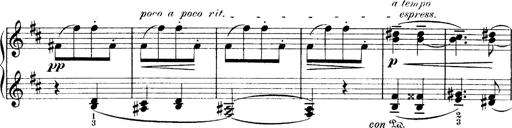
Title: 4 Sonatines
Composer: Max Reger